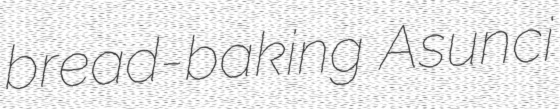
bread-baking Asunci